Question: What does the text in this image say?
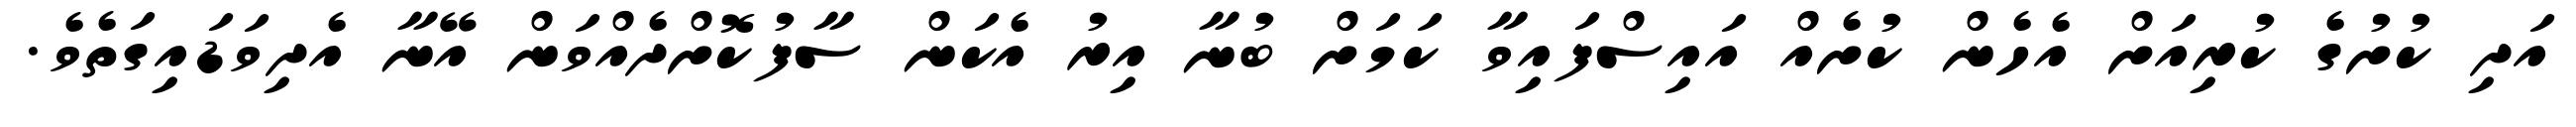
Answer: އަދި ކުށުގެ ކުރިއަށް އެހެން ކުށެއް އައިސްފައިވާ ކަމަށް ބުނާ އިރު އެކަން ސާފުކޮށްދެއްވަން އޭނާ އެދިވަޑައިގަތެވެ.